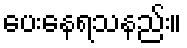
ပေးနေရသနည်း။